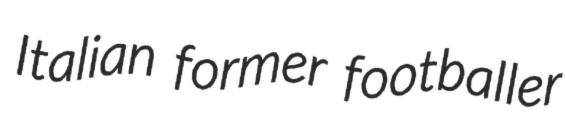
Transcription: Italian former footballer